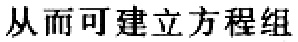
从而可建立方程组